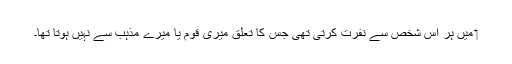
‏ مَیں ہر اُس شخص سے نفرت کرتی تھی جس کا تعلق میری قوم یا میرے مذہب سے نہیں ہوتا تھا۔